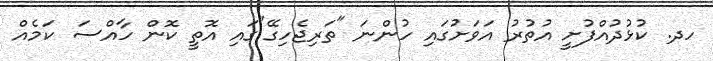
ހދ. ކުޅުދުއްފުށީ އުތުރު އަވަށުގައި ހުންނަ "ތަރިޖެހިގޭ"ގައި އޮތީ ކޮން ހާއްސަ ކަމެއް